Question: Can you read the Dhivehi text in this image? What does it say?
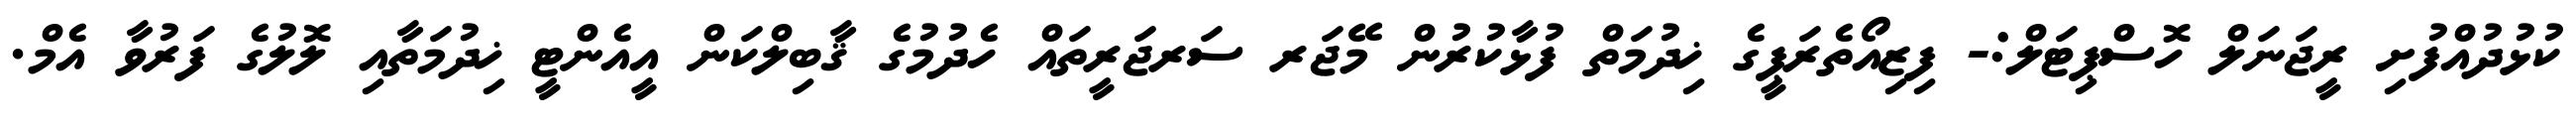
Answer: ކުޅުދުއްފުށި ރީޖަނަލް ހޮސްޕިޓަލް:- ފިޒިއޯތެރަޕީގެ ޚިދުމަތް ފުޅާކުރުން މޭޖަރ ސަރޖަރީތައް ހެދުމުގެ ޤާބިލްކަން އީއެންޓީ ޚިދުމަތާއި ލޮލުގެ ފަރުވާ އެމް.